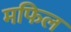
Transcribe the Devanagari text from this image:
मफिल